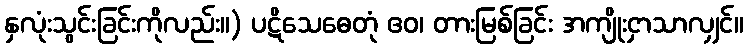
နှလုံးသွင်းခြင်းကိုလည်း။) ပဋိသေဓေတုံ ဧဝ၊ တားမြစ်ခြင်း အကျိုးငှာသာလျှင်။